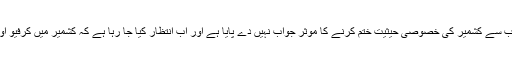
ڈاکٹر نیّر کا مزید کہنا تھا کہ پاکستان تاحال نریندر مودی کی جانب سے کشمیر کی خصوصی حیثیت ختم کرنے کا مؤثر جواب نہیں دے پایا ہے اور اب انتظار کیا جا رہا ہے کہ کشمیر میں کرفیو اور پابندیاں ہٹیں تو کشمیری نئی دہلی کے اقدامات پر احتجاج کریں۔